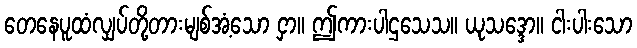
တေနေပူထံလျှပ်တို့တားမျစ်အံ့သော ငှာ။ ဤကားပါဌသေသ။ ယုသဒ္ဒော။ ငါးပါးသော